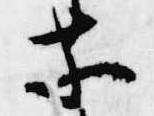
等